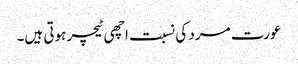
عورت مرد کی نسبت اچھی ٹیچر ہوتی ہیں۔